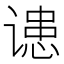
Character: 䜨